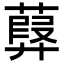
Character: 𦽸